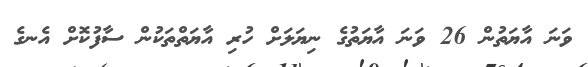
ވަނަ އާޔަތުން 26 ވަނަ އާޔަތުގެ ނިޔަލަށް ހުރި އާޔަތްތަކުން ސާފުކޮށް އެނގެ